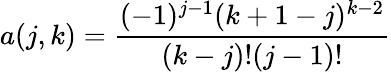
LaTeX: a(j,k)=\frac{(-1)^{j-1}(k+1-j)^{k-2}}{(k-j)!(j-1)!}